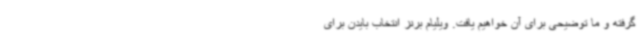
گرفته و ما توضیحی برای آن خواهیم یافت. ویلیام برنز انتخاب بایدن برای